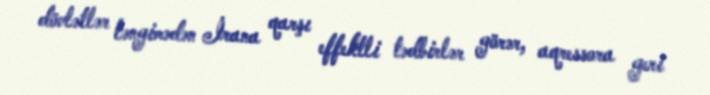
dövlətlər ləngimədən İrana qarşı effektli tədbirlər görər, aqressora geri